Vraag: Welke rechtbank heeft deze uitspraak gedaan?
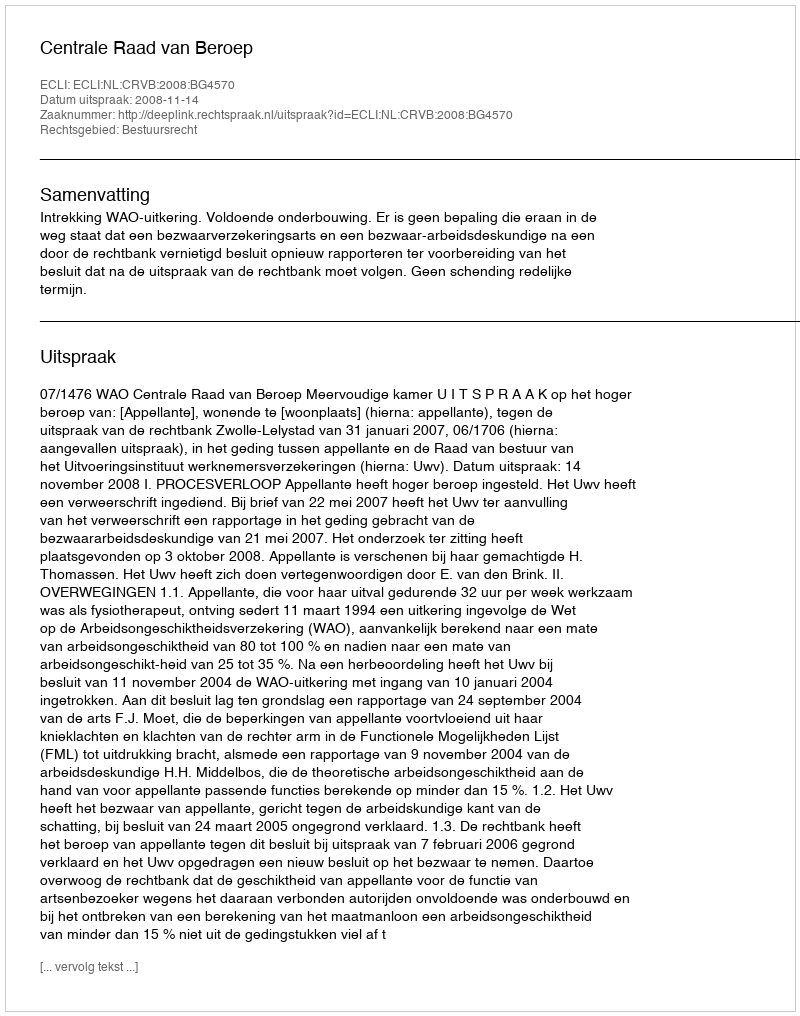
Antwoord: Centrale Raad van Beroep